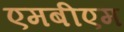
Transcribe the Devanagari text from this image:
एमबीएम